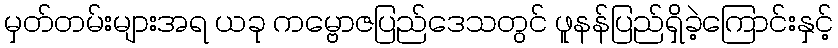
မှတ်တမ်းများအရ ယခု ကမ္ဗောဇပြည်ဒေသတွင် ဖူနန်ပြည်ရှိခဲ့ကြောင်းနှင့်